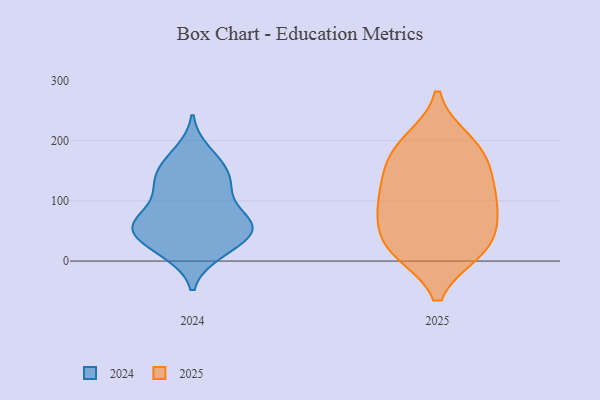
{"axis": {"x": "Conversion Rate (%)", "y": "Value"}, "legend": ["2024", "2025"], "data": [{"x": "", "y": 89, "type": "2025"}, {"x": "", "y": 152, "type": "2025"}, {"x": "", "y": 18, "type": "2025"}, {"x": "", "y": 129, "type": "2025"}, {"x": "", "y": 137, "type": "2025"}, {"x": "", "y": 26, "type": "2025"}, {"x": "", "y": 181, "type": "2025"}, {"x": "", "y": 72, "type": "2025"}, {"x": "", "y": 22, "type": "2025"}, {"x": "", "y": 94, "type": "2025"}, {"x": "", "y": 192, "type": "2025"}, {"x": "", "y": 17, "type": "2025"}, {"x": "", "y": 77, "type": "2025"}, {"x": "", "y": 199, "type": "2025"}, {"x": "", "y": 60, "type": "2024"}, {"x": "", "y": 181, "type": "2024"}, {"x": "", "y": 90, "type": "2024"}, {"x": "", "y": 46, "type": "2024"}, {"x": "", "y": 128, "type": "2024"}, {"x": "", "y": 57, "type": "2024"}, {"x": "", "y": 133, "type": "2024"}, {"x": "", "y": 73, "type": "2024"}, {"x": "", "y": 57, "type": "2024"}, {"x": "", "y": 60, "type": "2024"}, {"x": "", "y": 158, "type": "2024"}, {"x": "", "y": 119, "type": "2024"}, {"x": "", "y": 131, "type": "2024"}, {"x": "", "y": 23, "type": "2024"}, {"x": "", "y": 15, "type": "2024"}, {"x": "", "y": 53, "type": "2024"}, {"x": "", "y": 13, "type": "2024"}, {"x": "", "y": 51, "type": "2024"}, {"x": "", "y": 164, "type": "2024"}]}